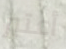
أعتبر